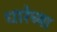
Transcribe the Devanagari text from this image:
धारेच्या